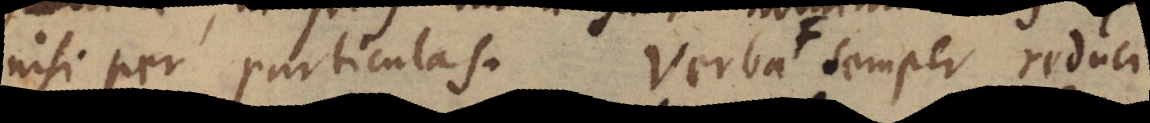
nisi per particulas. Verba F semper reduci